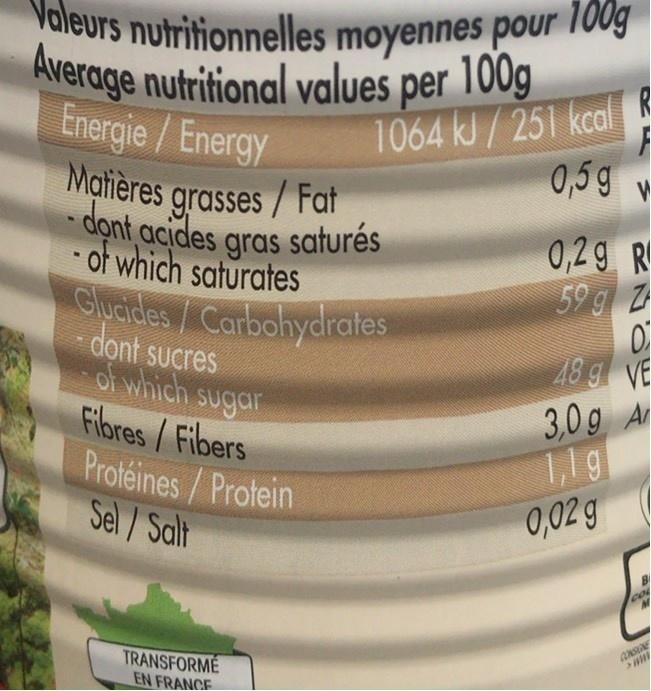
Valeurs nutritionnelles moyennes pour 100g
Average nutritional values per 100g
-dọnt acides gras saturés
Energie/Energy Matières grasses / Fat
1064 kJ/ 251 kcal R 0,5 g
0,29 R 59 g 2
of which saturates
Glucidles/Carbohydraies dont sucres of which Sugar Filbres/Fibers
48 g VE 3,0g A 1,19 0,02 g
Protéines/Protein Sel/ Salt
CONSE
TRANSFORME EN FRANCE